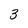
Character: 3